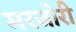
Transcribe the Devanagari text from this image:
मरजोरी